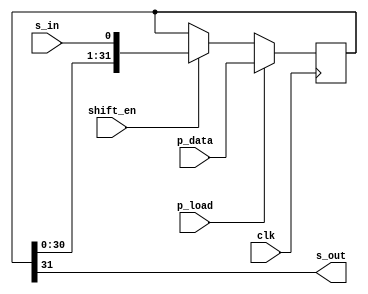
module shift_reg_32 (
	clk, 
	p_load,  
	p_data, 
	s_in,
	s_out,
	shift_en
);
input  		 clk;
input			 s_in;
input			 p_load;
input [31:0] p_data;
input			 shift_en;
output 		 s_out;
reg   [31:0] shreg;
always @(posedge clk) begin
	if (p_load) begin
		shreg = p_data;
	end else begin
		if (shift_en) begin
			shreg = {shreg[30:0], s_in};
		end
	end
end
assign s_out  = shreg[31];
endmodule